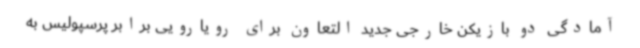
آمادگی دو بازیکن خارجی جدید التعاون برای رویارویی برابر پرسپولیس به